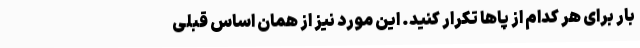
بار برای هر کدام از پاها تکرار کنید. این مورد نیز از همان اساس قبلی